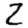
Digit: 2